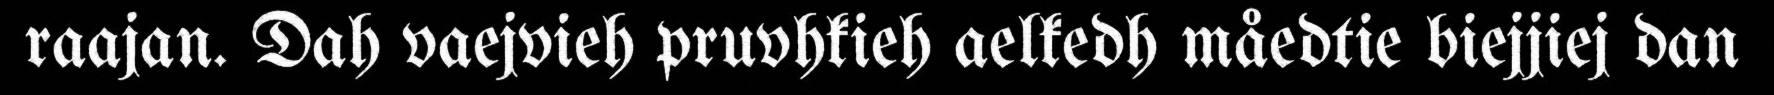
raajan. Dah vaejvieh pruvhkieh aelkedh måedtie biejjiej dan